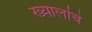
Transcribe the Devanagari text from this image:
ख्यालांचे